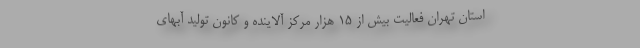
استان تهران فعالیت بیش از ۱۵ هزار مرکز آلاینده و کانون تولید آبهای